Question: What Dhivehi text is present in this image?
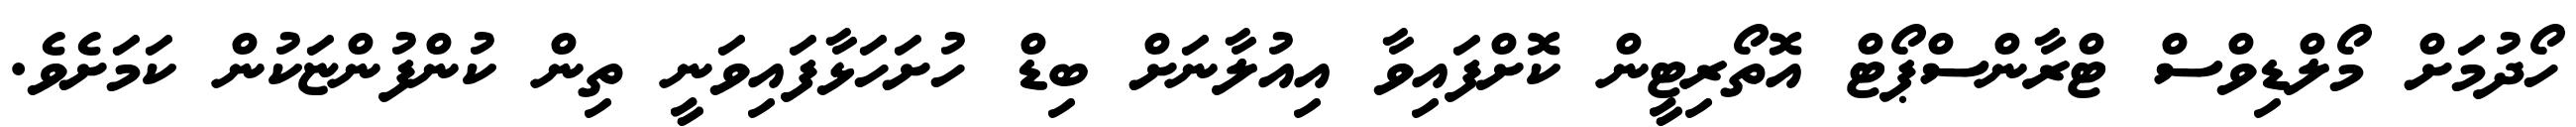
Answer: ހޯދުމަށް މޯލްޑިވްސް ޓްރާންސްޕޯޓް އޮތޯރިޓީން ކޮށްފައިވާ އިއުލާނަށް ބިޑް ހުށަހަޅާފައިވަނީ ތިން ކުންފުންޏަކުން ކަމަށެވެ.